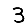
Digit: 3